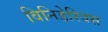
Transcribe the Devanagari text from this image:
विनिडेरियस